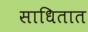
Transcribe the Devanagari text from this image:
साधितात